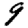
Digit: 9